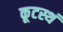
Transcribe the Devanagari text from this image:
कूटस्थं